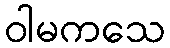
ဝါမကသေ